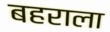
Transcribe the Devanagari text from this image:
बहराला